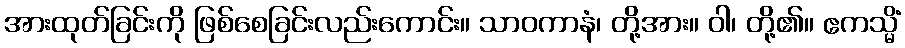
အားထုတ်ခြင်းကို ဖြစ်စေခြင်းလည်းကောင်း။ သာဝကာနံ၊ တို့အား။ ဝါ၊ တို့၏။ ဧကသ္မိံ